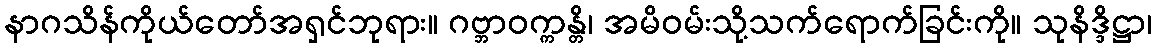
နာဂသိန်ကိုယ်တော်အရှင်ဘုရား။ ဂဗ္ဘာဝက္ကန္တိ၊ အမိဝမ်းသို့သက်ရောက်ခြင်းကို။ သုနိဒ္ဒိဋ္ဌာ၊